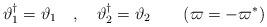
LaTeX: \begin{align*}\vartheta_1^{{\dag}} =\vartheta_1 \quad , \quad \vartheta_2^{\dag} =\vartheta_2\qquad (\varpi=-\varpi^\ast)\end{align*}